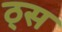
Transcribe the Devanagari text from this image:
ठ्स